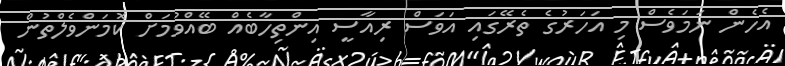
އެހެން ނަމަވެސް މި އަހަރުގެ ތެރޭގައި އަވަސް ރިއާސީ އިންތިހާބެއް ބޭއްވުމަށް ކޮމަންވެލްތުން